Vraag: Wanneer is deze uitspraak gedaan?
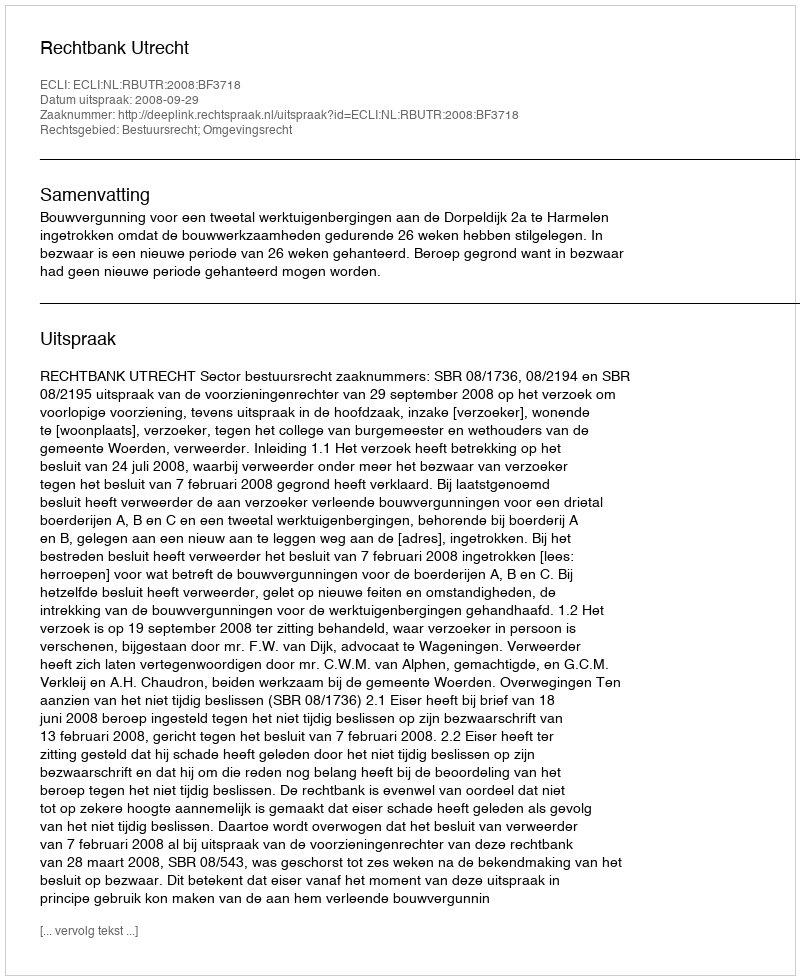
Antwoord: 2008-09-29